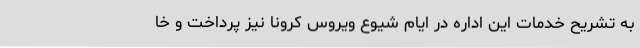
به تشریح خدمات این اداره در ایام شیوع ویروس کرونا نیز پرداخت و خا